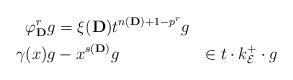
LaTeX: \begin{align*}\varphi_{{\bf D}}^rg&=\xi({\bf D})t^{n({\bf D})+1-p^{r}}g\\\gamma(x)g&-x^{s({\bf D})}g\quad\quad\quad\quad\quad\in t\cdot k^+_{{\mathcal E}}\cdot g\end{align*}